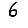
Digit: 6